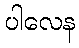
ပါလေန